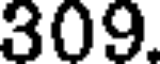
309.